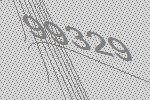
99329